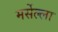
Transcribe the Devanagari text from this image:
मर्सेल्ला